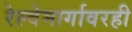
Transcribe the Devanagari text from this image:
रेल्वेमार्गावरही